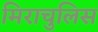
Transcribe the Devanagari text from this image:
मिराचुलिस